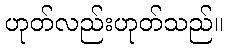
ဟုတ်လည်းဟုတ်သည်။